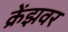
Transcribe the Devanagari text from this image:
क्रेंझवर